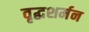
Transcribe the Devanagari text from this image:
वृद्धशर्मन